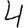
Digit: 4